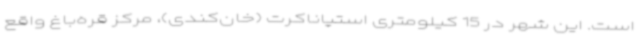
است. این شهر در 15 کیلومتری استپاناکرت (خان‌کندی)، مرکز قره‌باغ واقع